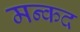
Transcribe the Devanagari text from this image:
मन्कद